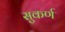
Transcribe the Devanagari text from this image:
सुकर्ण